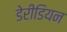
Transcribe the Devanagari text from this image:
डेरीडियन